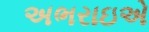
અભરાઇએ